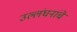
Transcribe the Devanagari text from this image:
उल्लंघनांचे